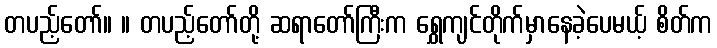
တပည့်တော်။ ။ တပည့်တော်တို့ ဆရာတော်ကြီးက ရွှေကျင်တိုက်မှာနေခဲ့ပေမယ့် စိတ်က